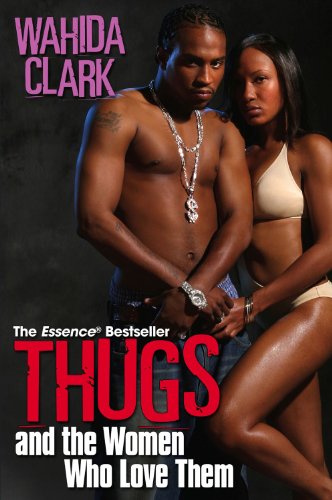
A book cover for Thugs And The Women Who Love Them; Wahida Clark; Literature & Fiction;